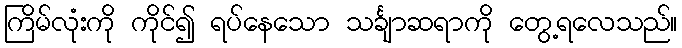
ကြိမ်လုံးကို ကိုင်၍ ရပ်နေသော သင်္ချာဆရာကို တွေ့ရလေသည်။